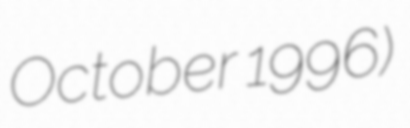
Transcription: October 1996)